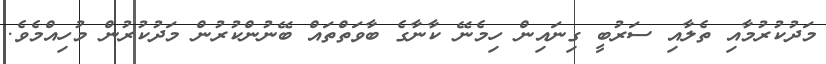
މަދުކުރުމާއި ތެލާއި ސަރުބީ ގިނައިން ހިމެނޭ ކާނާގެ ބާވަތްތައް ބޭނުންކުރުން މަދުކުރުން މުހިއްމެވެ.